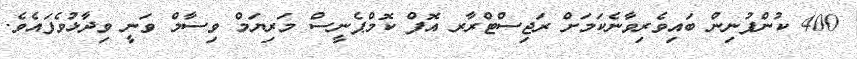
400 ކުންފުނިން ބައިވެރިވާނެކަމަށް ރަޖިސްޓްރާރ އޮފް ކޮމްޕެނީސް މަރިޔަމް ވިސާމް ވަނީ ވިދާޅުވެފައެވެ.